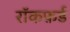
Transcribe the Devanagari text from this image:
रॉकफ़र्ड